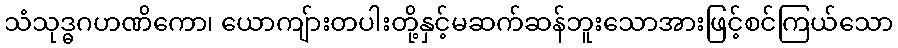
သံသုဒ္ဓဂဟဏိကော၊ ယောကျ်ားတပါးတို့နှင့်မဆက်ဆန်ဘူးသောအားဖြင့်စင်ကြယ်သော